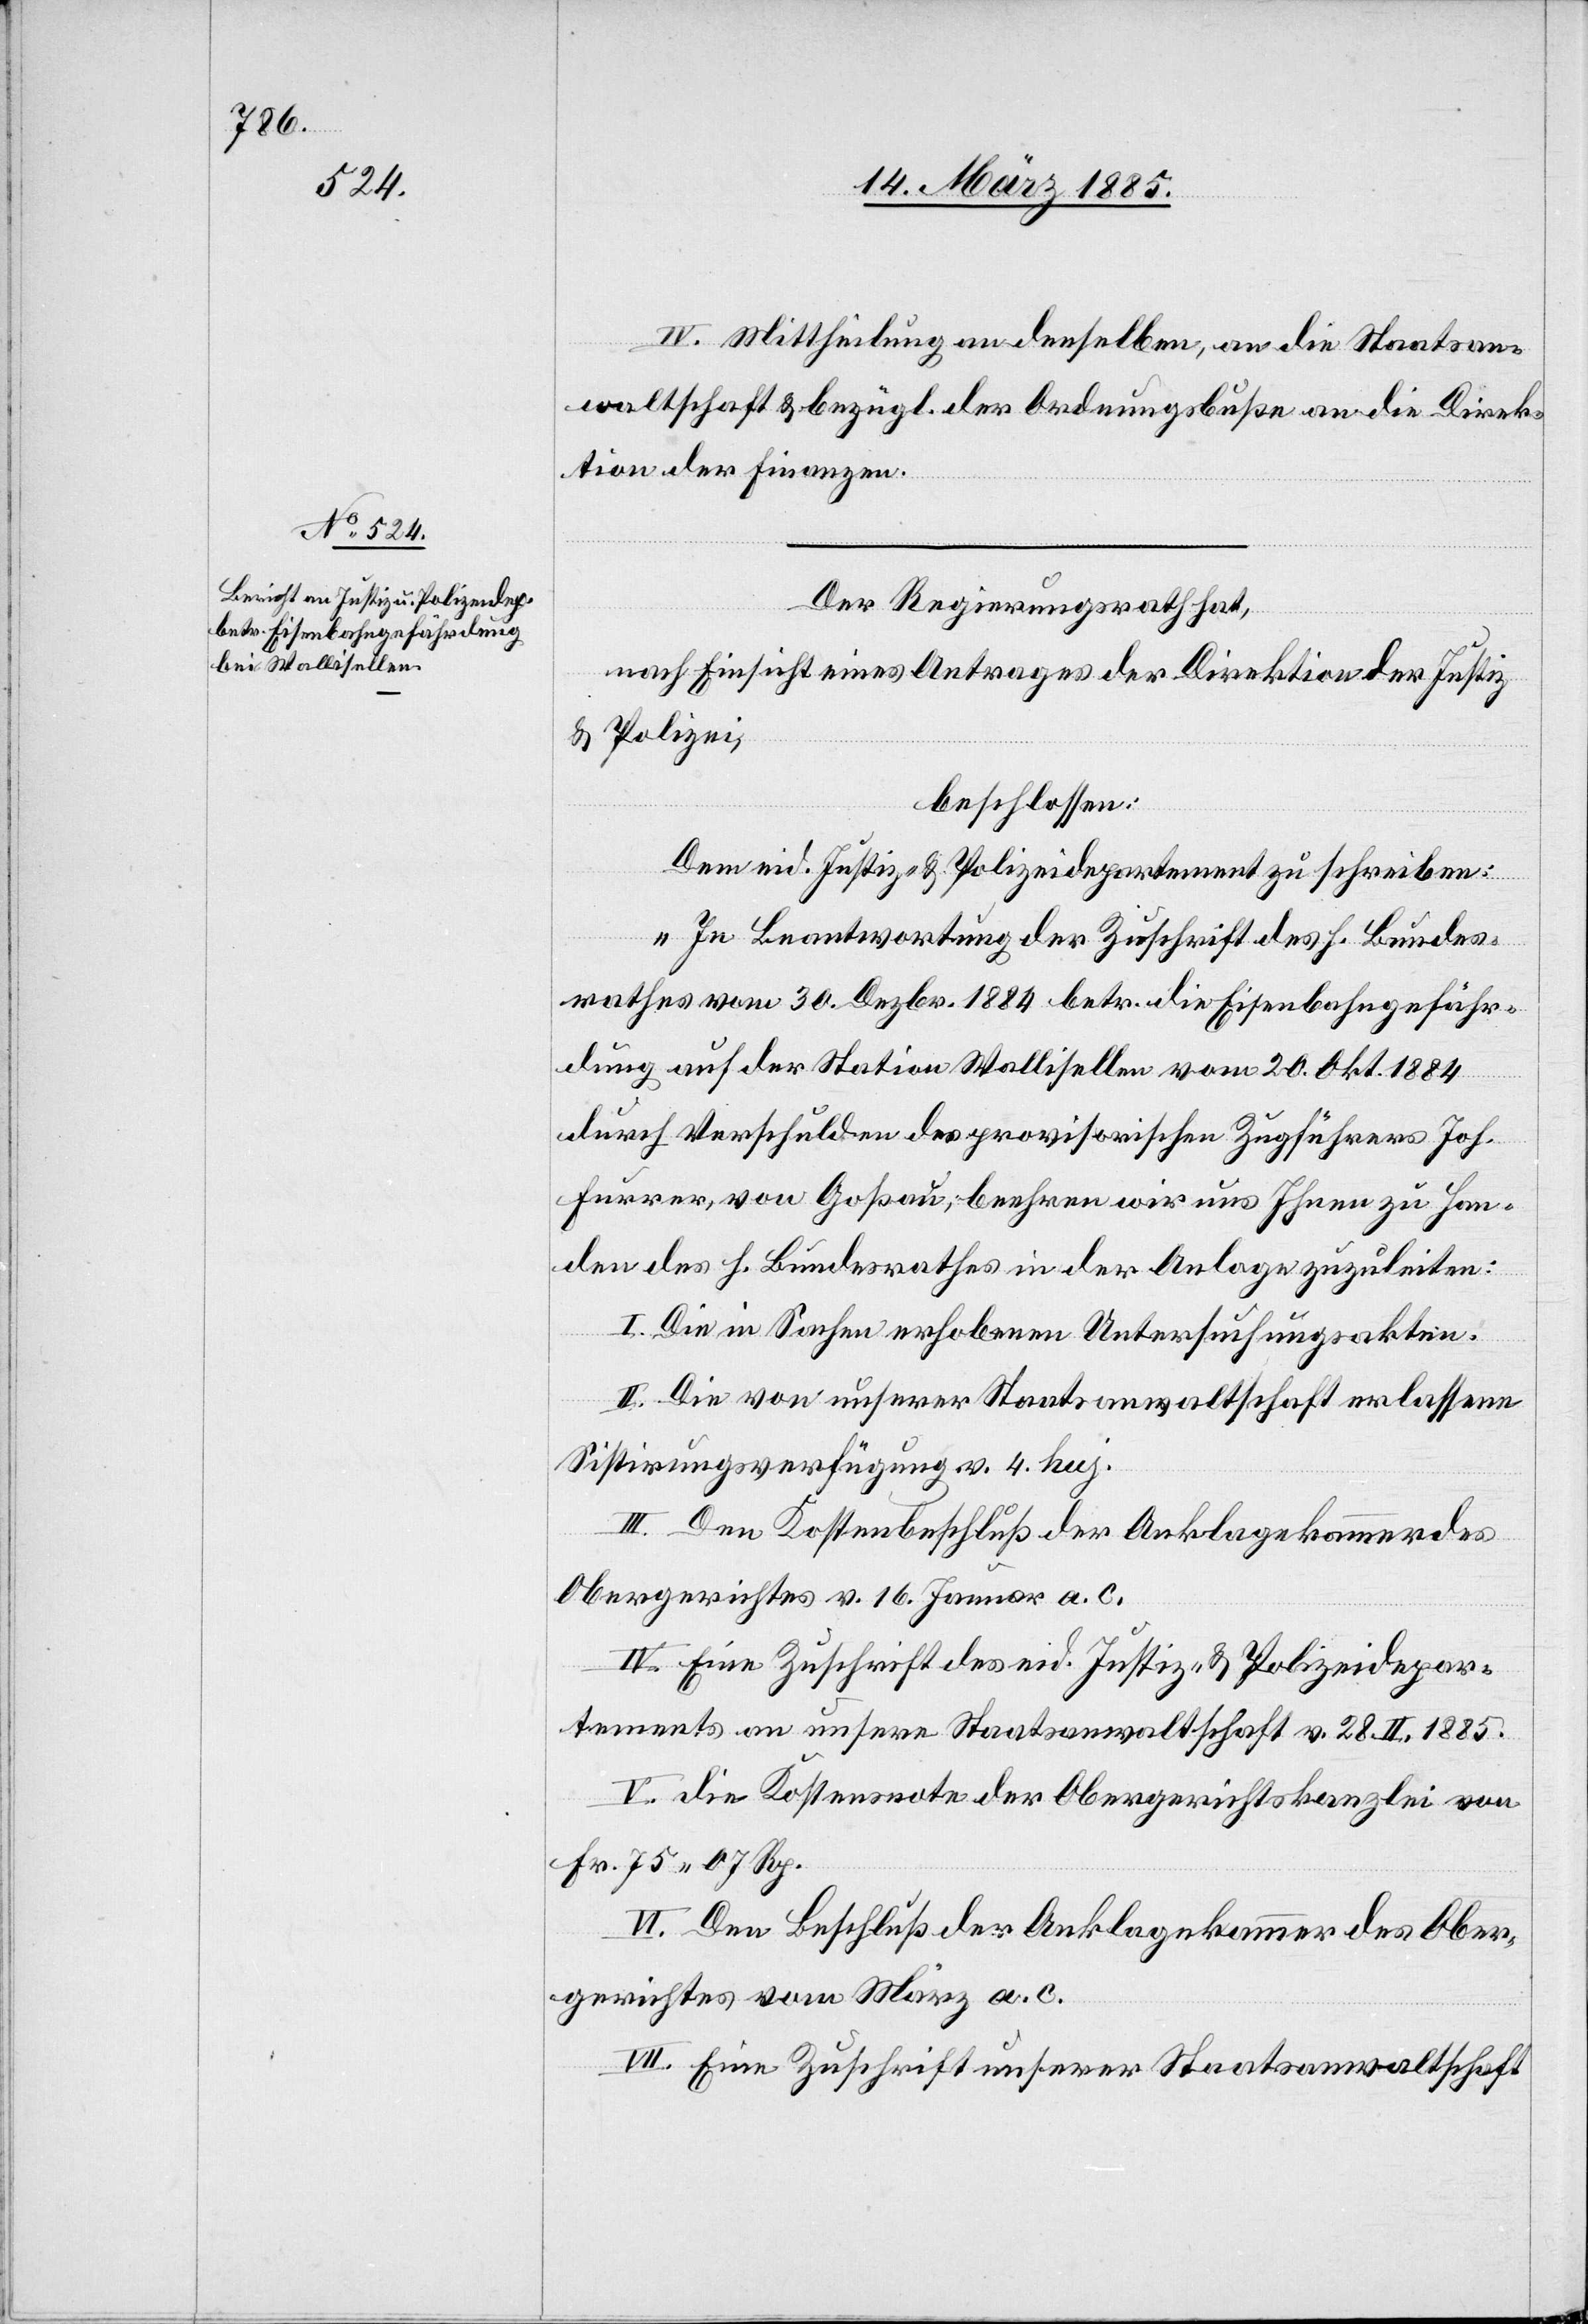
IV. Mittheilung an denselben, an die Staatsan¬
waltschaft & bezügl. der Ordnungsbuße an die Direk¬
tion der Finanzen.
Der Regierungsrath hat,
nach Einsicht eines Antrages der Direktion der Justiz
& Polizei,
beschlossen:
Dem eid. Justiz- & Polizeidepartement zu schreiben:
„In Beantwortung der Zuschrift des h. Bundes¬
rathes vom 30. Dezbr. 1884 betr. die Eisenbahngefähr¬
dung auf der Station Wallisellen vom 20. Okt. 1884
durch Verschuldung des provisorischen Zugführers Joh.
Furrer, von Goßau, beehren wir uns Ihnen zu Han¬
den des h. Bundesrathes in der Anlage zuzuleiten:
I. Die in Sachen erhobenen Untersuchungsakten.
II. Die von unserer Staatsanwaltschaft erlassene
Sistirungsverfügung v. 4. huj.
III. Den Kostenbeschluß der Anklagekammer des
Obergerichtes v. 16. Januar a. c.
IV. Eine Zuschrift des eid. Justiz- & Polizeidepar¬
tements an unsere Staatsanwaltschaft v. 28. II. 1885.
V. Die Kostensnote der Obergerichtskanzlei von
Fr. 75 07 Rp.
VI. Den Beschluß der Anklagekammer des Ober¬
gerichtes vom März a. c.
VII. Eine Zuschrift unserer Staatsanwaltschaft